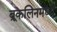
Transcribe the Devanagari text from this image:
ब्रूकलिनमध्ये